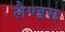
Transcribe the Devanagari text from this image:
लैण्डस